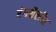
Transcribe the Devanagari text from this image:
रंगशैलीत